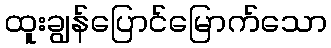
ထူးချွန်ပြောင်မြောက်သော